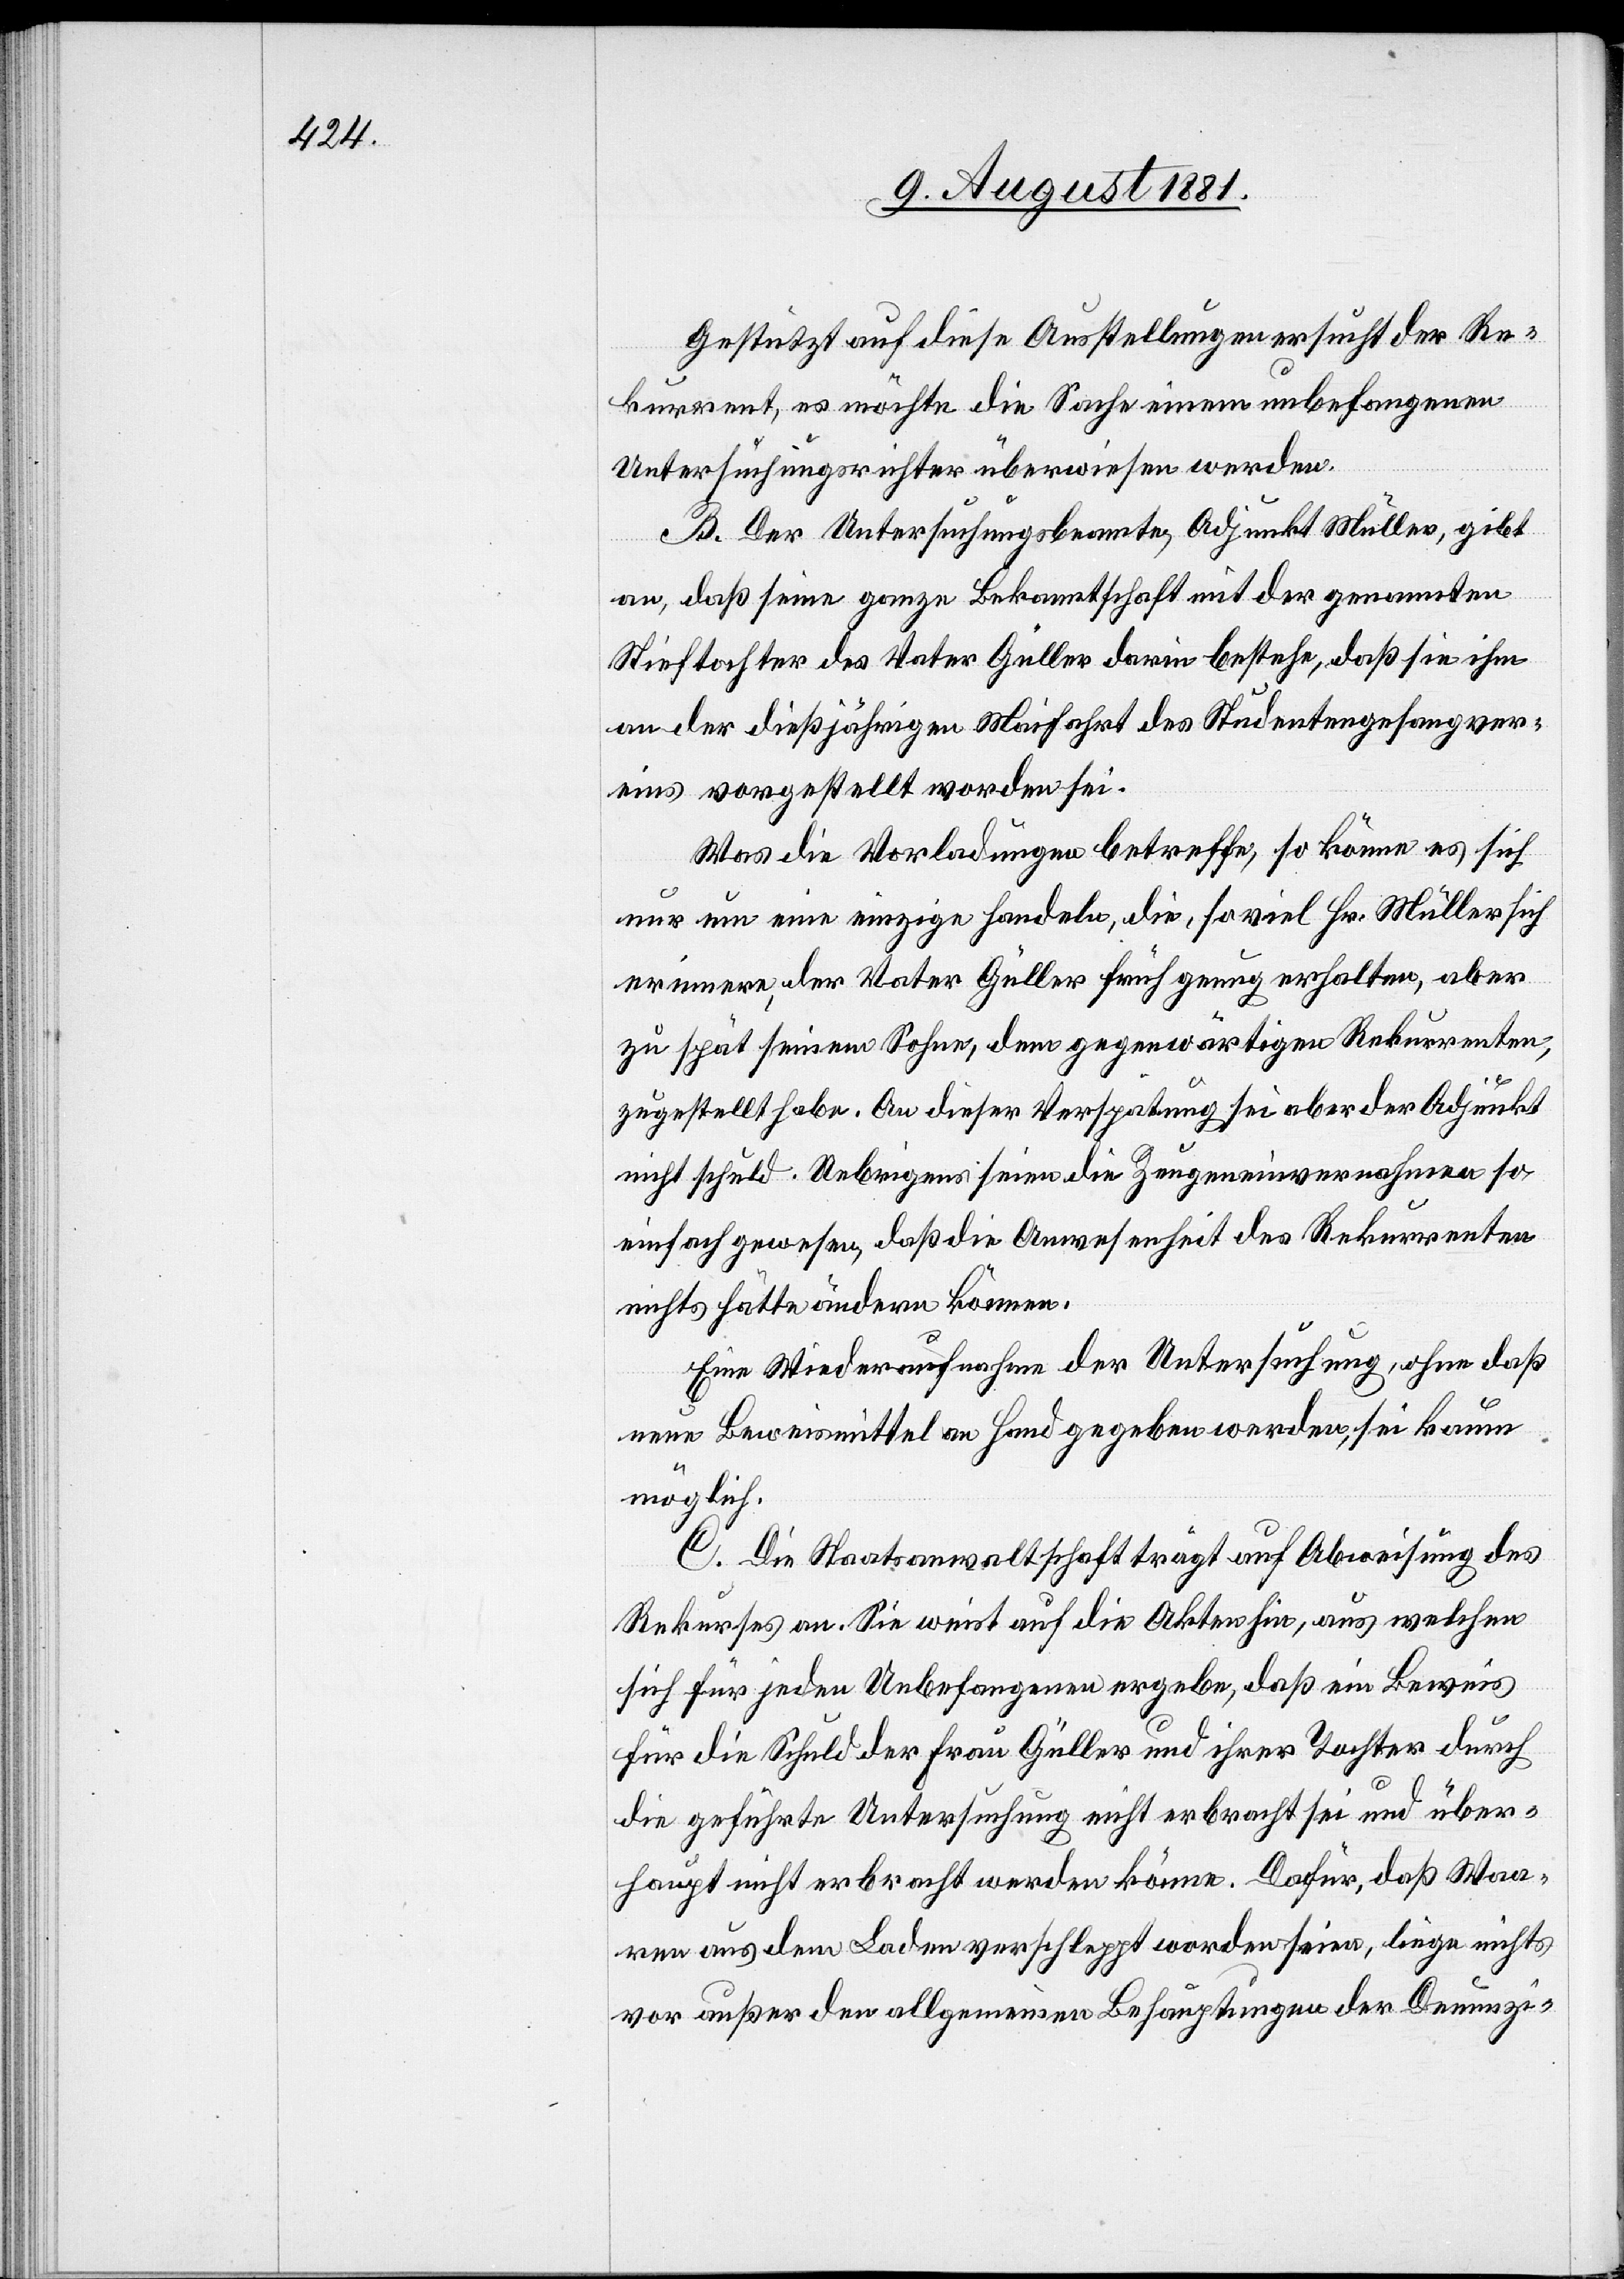
Gestützt auf diese Ausstellungen [sic!] ersucht der Re¬
kurrent, es möchte die Sache einem unbefangenen
Untersuchungsrichter überwiesen werden.
B. Der Untersuchungsbeamte, Adjunkt Müller, gibt
an, daß seine ganze Bekanntschaft mit der genannten
Stieftochter des Vater Güller darin bestehe, daß sie ihm
an der dießjährigen Maifahrt des Studentengesangver¬
eins vorgestellt worden sei.
Was die Vorladungen betreffe, so könne es sich
nur um eine einzige handeln, die, soviel Hr. Müller sich
erinnere, der Vater Güller früh genug erhalten, aber
zu spät seinem Sohne, dem gegenwärtigen Rekurrenten,
zugestellt habe. An dieser Verspätung sei aber der Adjunkt
nicht schuld. Uebrigens seien die Zeugeneinvernahmen so
einfach gewesen, daß die Anwesenheit des Rekurrenten
nichts hätte ändern können.
Eine Wiederaufnahme der Untersuchung, ohne daß
neue Beweismittel an Hand gegeben werden, sei kaum
möglich.
C. Die Staatsanwaltschaft trägt auf Abweisung des
Rekurses an. Sie weist auf die Akten hin, aus welchen
sich für jeden Unbefangenen ergebe, daß ein Beweis
für die Schuld der Frau Güller und ihrer Tochter durch
die geführte Untersuchung nicht erbracht sei und über¬
haupt nicht erbracht werden könne. Dafür, daß Waa¬
ren aus dem Laden verschleppt worden seien, liege nichts
vor außer den allgemeinen Behauptungen der Denunzi-